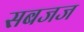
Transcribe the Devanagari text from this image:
सबजज